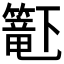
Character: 𬕹